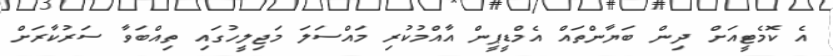
އެ ކޮމެޓީއަށް ދިން ބަޔާންތައް އެމްޑީޕީން އާއްމުކުރި މައްސަލަ މަޖިލީހުގައި ތިއްބަވާ ސަރުކާރަށް